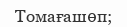
Томағашөп;